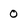
Character: 0